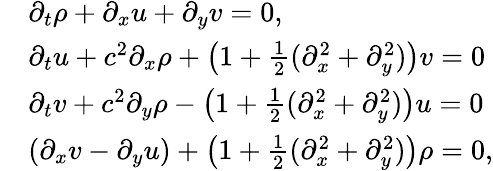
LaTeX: \begin{array}{rl}&{\partial_{t}\rho+\partial_{x}u+\partial_{y}v=0,}\\ &{\partial_{t}u+c^{2}\partial_{x}\rho+\left(1+\frac{1}{2}(\partial_{x}^{2}+\partial_{y}^{2})\right)v=0}\\ &{\partial_{t}v+c^{2}\partial_{y}\rho-\left(1+\frac{1}{2}(\partial_{x}^{2}+\partial_{y}^{2})\right)u=0}\\ &{(\partial_{x}v-\partial_{y}u)+\left(1+\frac{1}{2}(\partial_{x}^{2}+\partial_{y}^{2})\right)\rho=0,}\end{array}